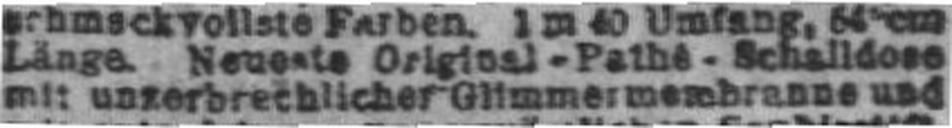
mit unzerbrechlicher Glimmermembranne und